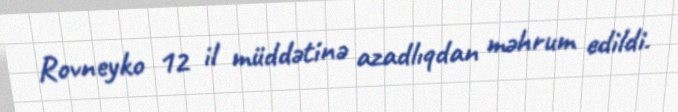
Rovneyko 12 il müddətinə azadlıqdan məhrum edildi.